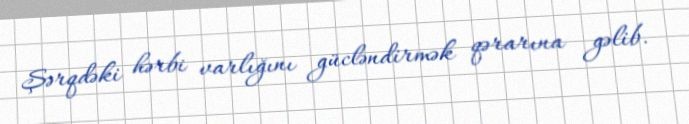
Şərqdəki hərbi varlığını gücləndirmək qərarına gəlib.